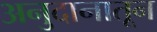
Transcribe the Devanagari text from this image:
अनुदानातून